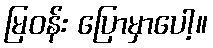
မြဝန်း ပြောမှာပေါ့။